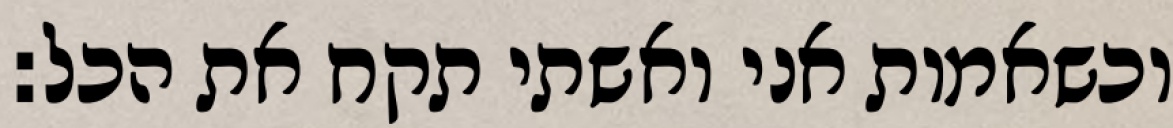
וכשאמות אני ואשתי תקח את הכל: